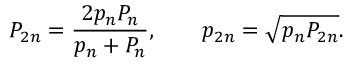
P _ { 2 n } = { \frac { 2 p _ { n } P _ { n } } { p _ { n } + P _ { n } } } , \quad \quad p _ { 2 n } = { \sqrt { p _ { n } P _ { 2 n } } } .